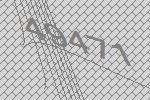
49471